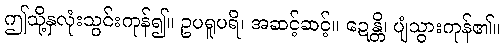
ဤသို့နှလုံးသွင်းကုန်၍။ ဥပရူပရိ၊ အဆင့်ဆင့်။ ဍေန္တိ၊ ပျံသွားကုန်၏။